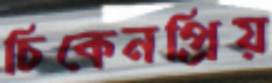
চিকেনপ্রিয়